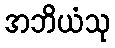
အဘိယံသု